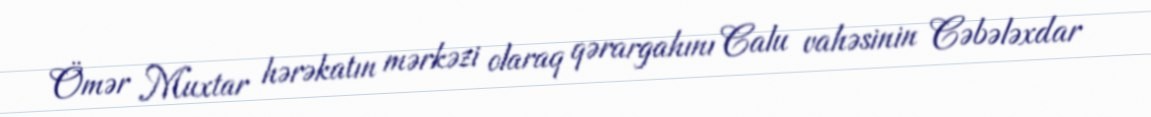
Ömər Muxtar hərəkatın mərkəzi olaraq qərargahını Calu vahəsinin Cəbələxdar